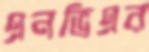
এনভিএর